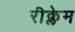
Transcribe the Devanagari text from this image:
रीक्लेम